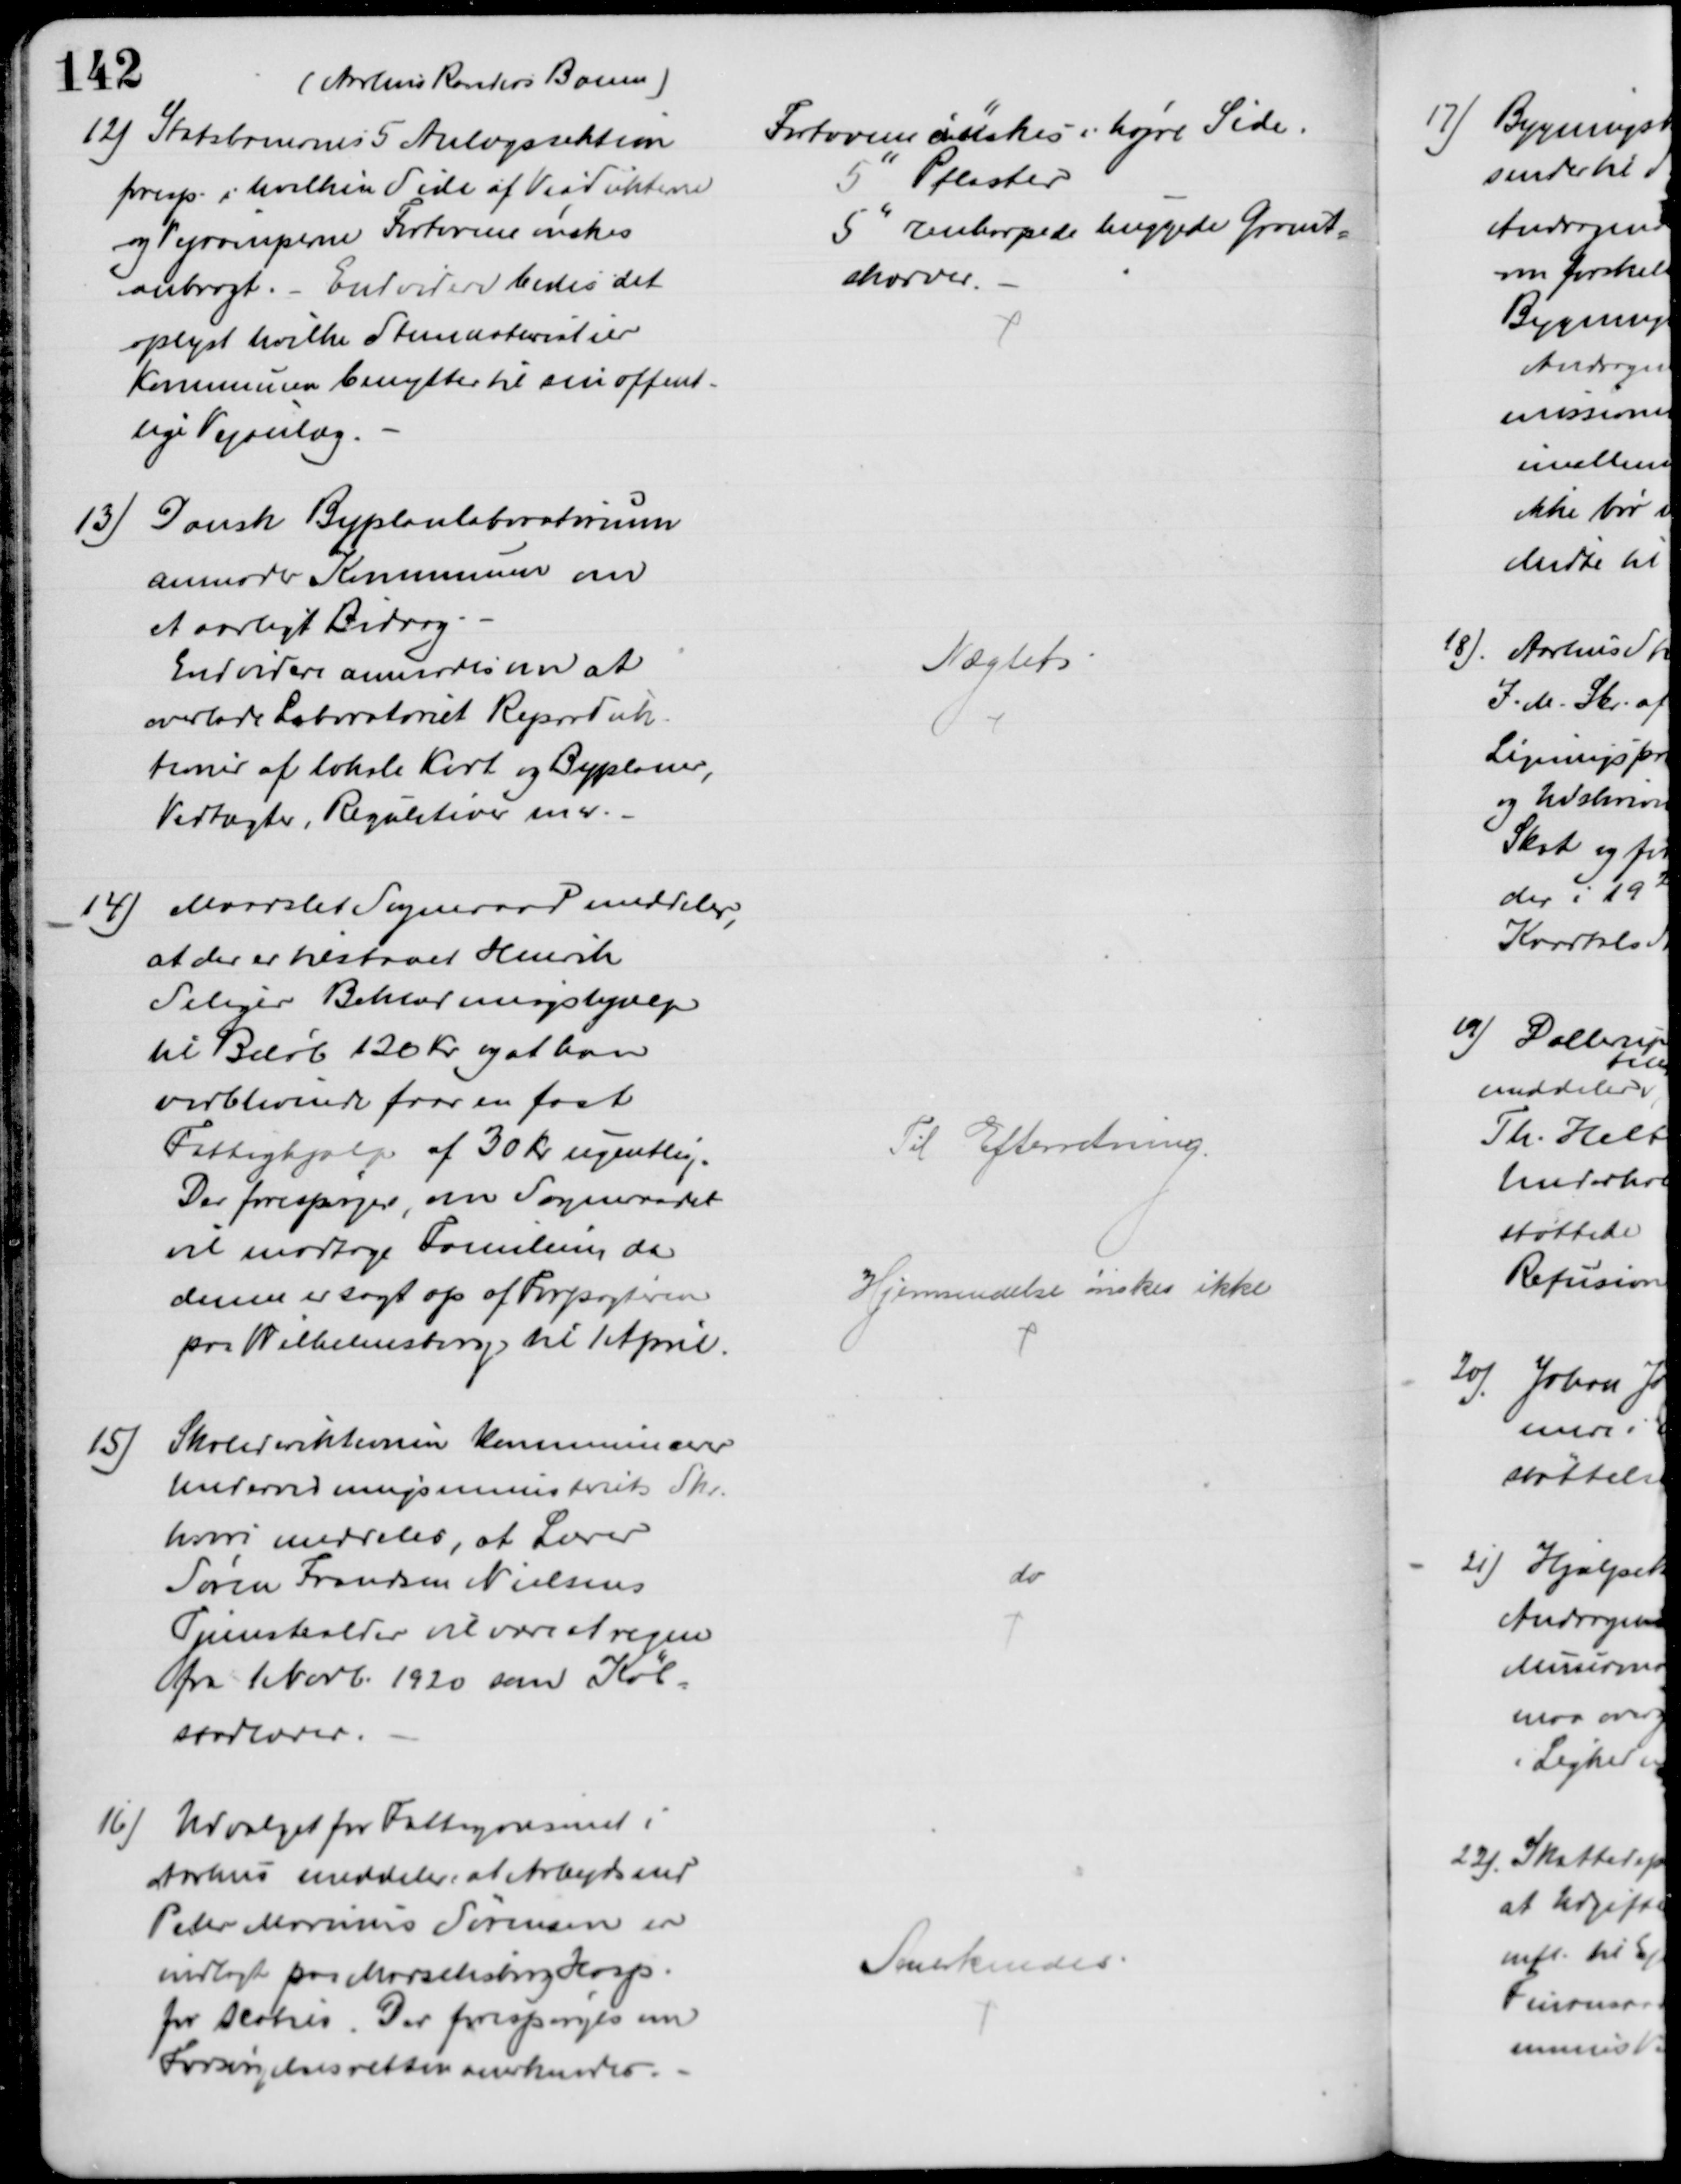
Transskription:
(Aarhus Randers Banen)
12) Statsbanernes 5 Anlægssektion
foresp. i hvilken Side af Viadukterne
og Vejramperne Fortovene ønskes
anbragt. - Endvidere bedes det 
oplyst hvilke Stenmaterialier
Kommunen benytter til sin offent-
lige Vejanlæg.
Fortovene ønskes i højre Side.
5" Pflaster
5" renharpede huggede Granit-
skærver.
13) Dansk Byplanlaboratorium
anmoder Kommunen om
et aarligt Bidrag.
Endvidere anmodes om at
overlade Laboratoriet Reproduk-
tioner af lokale Kort og Byplaner,
Vedtægter, Regulativer mv.
Nægtet
14) Maarslet Sogneraad meddeler,
at der er tilstaaet Henrik
Seliger Beklædningshjælp
til Beløb 120 Kr. og at han
vedblivende faar en fast
Fattighjælp af 30 Kr ugentlig.
Der forespørges, om Sogneraadet
vil modtage Familien, da 
denne er sagt op af Forpagteren
paa Wilhelmsborg til 1 April.
Til Efterretning.
Hjemsendelse ønskes ikke
15)
Skoledirektionen kommunicerer
Undervisningsministeriets Skr.
hvori meddeles, at Lærer
Søren Frandsen Nielsens
Tjenestealder vil været at regne
fra 1 Novb. 1920 som Køb.
stadlærer.
do
16) Udvalget for Fattigvæsenet i
Aarhus meddeler, at Arbejdsmd
Peder Marinus Sørensen er
indlagt paa Marselisborg Hosp.
for Scabies. Der forespørges om
Forsørgelsesretten anerkendes.
Anerkendes